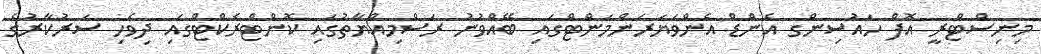
މިނިސްޓްރީ އޮފް ހައުސިންގ އެންޑް އެންވަޔަރަންމަންޓްގައި ބޭއްވުނު ރަސްމިއްޔާތުގައި ކޮންޓްރެކްޓްގައި ދިވެހި ސަރުކާރުގެ